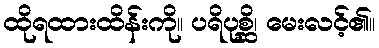
ထိုရထားထိန်းကို။ ပရိပုစ္ဆိ၊ မေးလင့်၏။